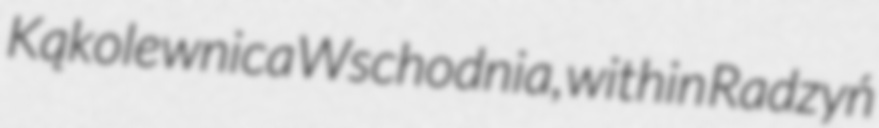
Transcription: Kąkolewnica Wschodnia, within Radzyń